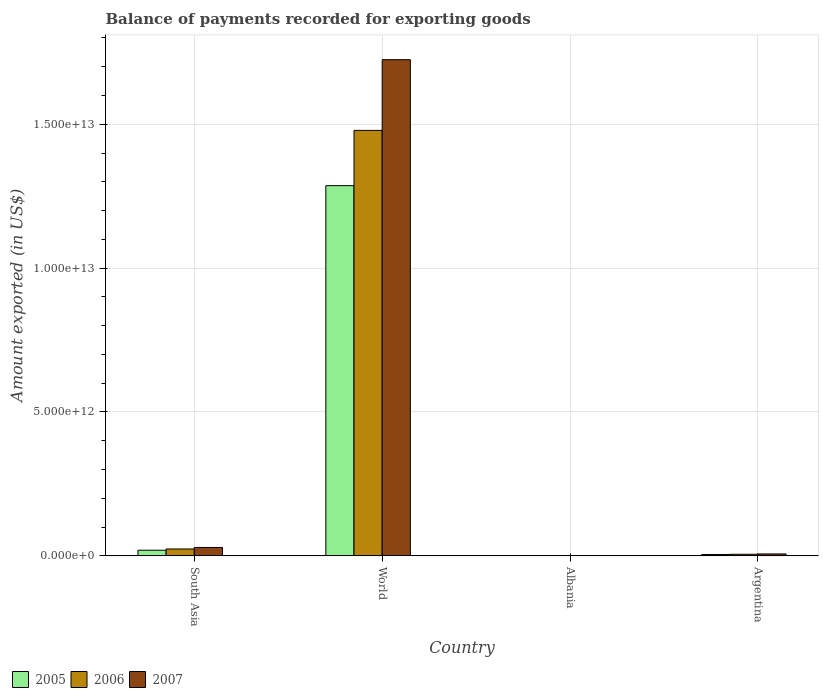
| Country | 2005 | 2006 | 2007 |
 | --- | --- | --- | --- |
 | South Asia | 1.95e+11 | 2.39e+11 | 2.91e+11 |
 | World | 1.29e+13 | 1.48e+13 | 1.72e+13 |
 | Albania | 1.46e+09 | 1.87e+09 | 2.46e+09 |
 | Argentina | 4.69e+10 | 5.44e+10 | 6.62e+10 |